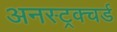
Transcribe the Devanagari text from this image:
अनस्ट्रक्चर्ड